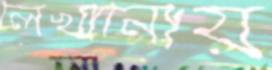
লেখানোয়